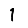
Digit: 1